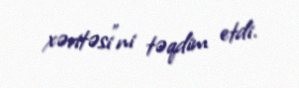
xəritəsi”ni təqdim etdi.